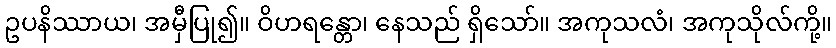
ဥပနိဿာယ၊ အမှီပြု၍။ ဝိဟရန္တော၊ နေသည် ရှိသော်။ အကုသလံ၊ အကုသိုလ်ကို့။